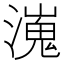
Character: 𤀖